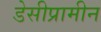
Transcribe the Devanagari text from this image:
डेसीप्रामीन